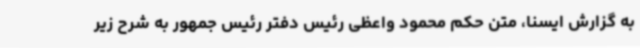
به گزارش ایسنا، متن حکم محمود واعظی رئیس دفتر رئیس جمهور به شرح زیر